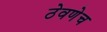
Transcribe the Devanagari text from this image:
ठेवणेच